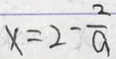
x = 2 - \frac { 2 } { a }